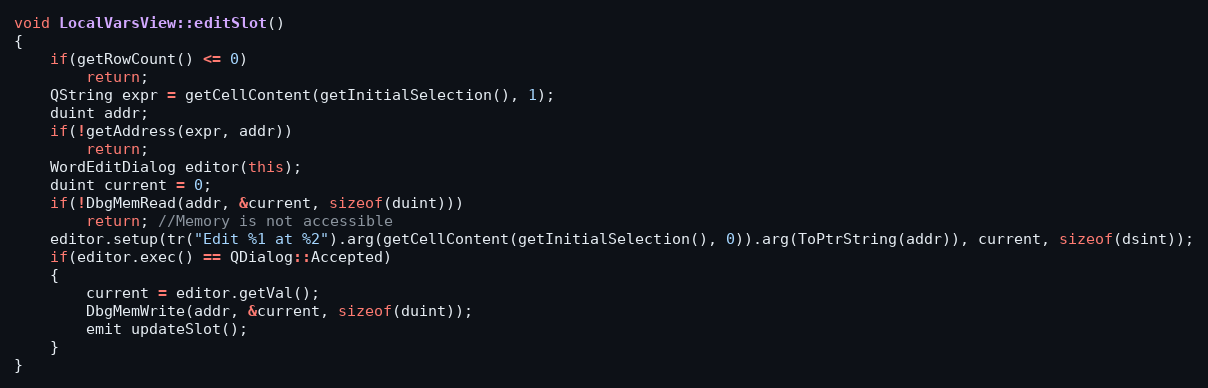
Language: C++
void LocalVarsView::editSlot()
{
    if(getRowCount() <= 0)
        return;
    QString expr = getCellContent(getInitialSelection(), 1);
    duint addr;
    if(!getAddress(expr, addr))
        return;
    WordEditDialog editor(this);
    duint current = 0;
    if(!DbgMemRead(addr, &current, sizeof(duint)))
        return; //Memory is not accessible
    editor.setup(tr("Edit %1 at %2").arg(getCellContent(getInitialSelection(), 0)).arg(ToPtrString(addr)), current, sizeof(dsint));
    if(editor.exec() == QDialog::Accepted)
    {
        current = editor.getVal();
        DbgMemWrite(addr, &current, sizeof(duint));
        emit updateSlot();
    }
}